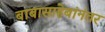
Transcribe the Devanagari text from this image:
बाबासाहेबांनंतर